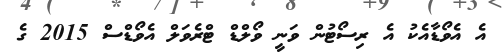
އެ އެވޯޑާއެކު އެ ރިސޯޓުން ވަނީ ވޯލްޑް ޓްރެވަލް އެވޯޑްސް 2015 ގެ